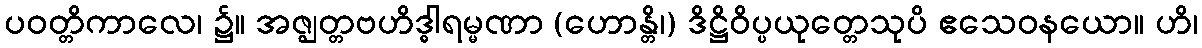
ပဝတ္တိကာလေ၊ ၌။ အဇ္ဈတ္တဗဟိဒ္ဓါရမ္မဏာ (ဟောန္တိ၊) ဒိဋ္ဌိဝိပ္ပယုတ္တေသုပိ ဧသေဝနယော။ ဟိ၊